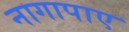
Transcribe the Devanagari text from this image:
नागापाए